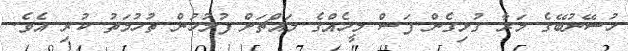
ހުސޭނުބޭގެ މަރާ ގުޅިގެން ފަސް މީހެއްގެ މައްޗަށް ފުލުހުން ތުހުމަތު ކުރި އެވެ.